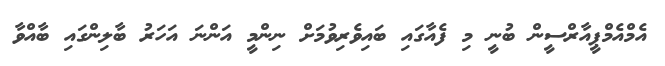
އެމްއެމްޕީއާރްސީން ބުނީ މި ފެއާގައި ބައިވެރިވުމަށް ނިންމީ އަންނަ އަހަރު ބާލިންގައި ބާއްވާ